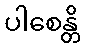
ပါစေန္တိ